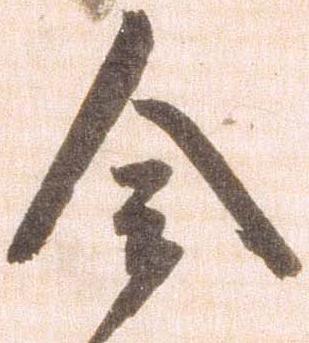
令